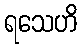
ရသေဟိ